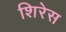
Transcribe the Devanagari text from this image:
शिरेस